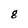
Character: g